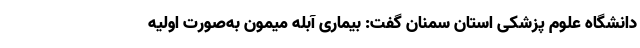
دانشگاه علوم پزشکی استان سمنان گفت: بیماری آبله میمون به‌صورت اولیه